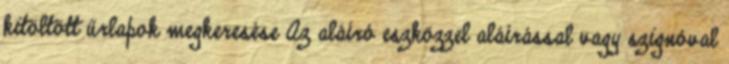
kitöltött űrlapok megkeresése Az aláíró eszközzel aláírással vagy szignóval